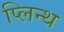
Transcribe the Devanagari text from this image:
प्लिन्थ